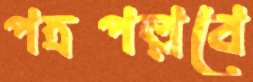
পত্রপল্লবে